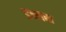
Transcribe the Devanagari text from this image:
डब्लस